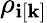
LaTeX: \rho_{\mathbf{i}[\textbf{{k}}]}